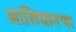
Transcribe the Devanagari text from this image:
आसियानचा